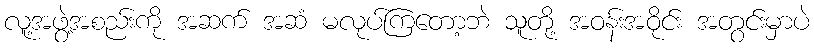
လူ့အဖွဲ့အစည်းကို အဆက် အဆံ မလုပ်ကြတော့ဘဲ သူတို့ အဝန်းအဝိုင်း အတွင်းမှာပဲ